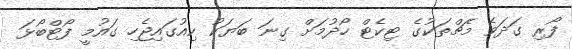
ފޯރި ގަދަވެ މެޗްތަކުގެ ޓިކެޓް ހޯދުމަށް ގިނަ ބަޔަކު ކިއުގައިޖެހި ގައުމީ ފޯޓްބޯޅަ